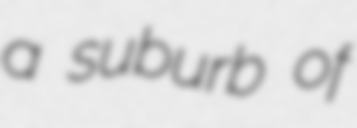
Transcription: a suburb of